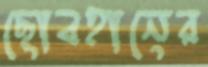
ছোবহানের